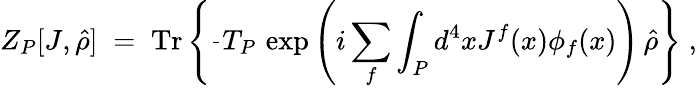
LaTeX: Z_{P}[J,\hat{\rho}]\; =\; \mathrm{Tr}\left\{ \frac{}{}T_{P}\, \exp\left(i\sum_{f}\int_{P}d^{4}xJ^{f}(x)\phi_{f}(x)\right)\, \hat{\rho}\right\} \; ,